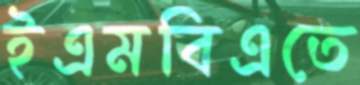
ইএমবিএতে